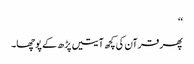
‘‘
پھر قرآن کی کچھ آیتیں پڑھ کے پوچھا۔